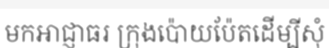
មកអាជ្ញាធរ ក្រុងប៉ោយប៉ែតដើម្បីសុំ